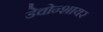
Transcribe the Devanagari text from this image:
डेवोन्शायर